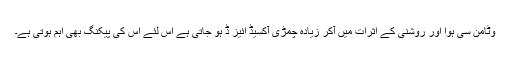
وٹامن سی ہوا اور روشنی کے اثرات میں آکر زیادہ چمڑی آکسیڈ ائیز ڈ ہو جاتی ہے اس لئے اس کی پیکنگ بھی اہم ہوتی ہے۔